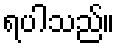
ရပါသည်။